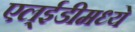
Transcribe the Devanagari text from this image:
एल्‌ईडीमध्ये